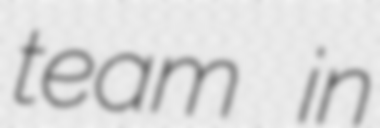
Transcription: team in